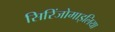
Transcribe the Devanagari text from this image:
सिरिंजोमाइलिया